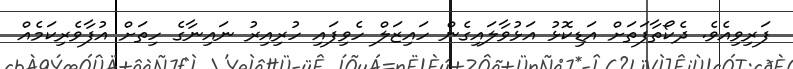
ފަރިވިއެވެ. ދެކޯތާފަތަށް އަޑިކޮޅު އަޅުވާލައިގެން ހައިޒަލް ހެވިފައި ހުރިއިރު ނައިނާގެ ހިތަށް އުފާވެރިކަމެއް